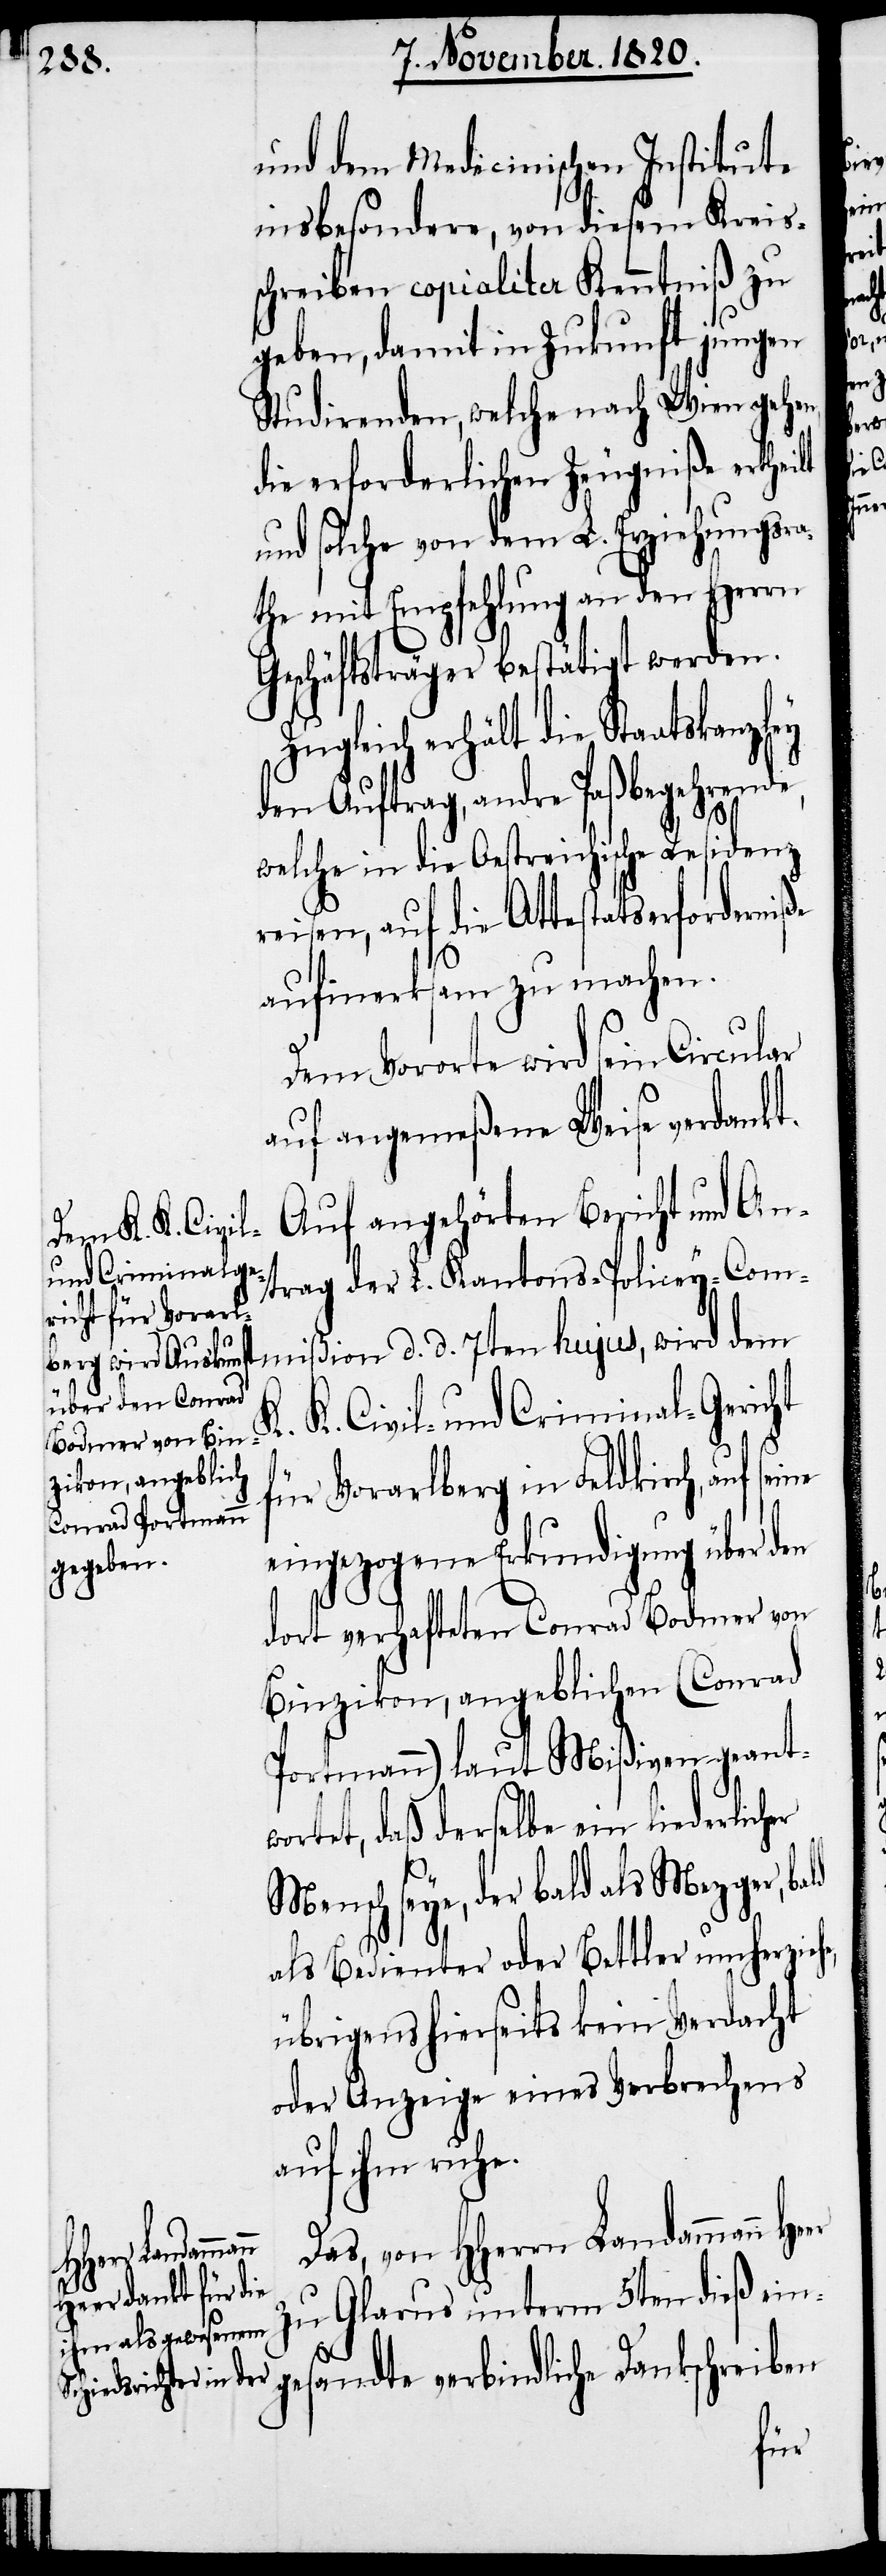
und dem Medicinischen Institute
insbesondere, von diesem Kreiss¬
chreiben copialiter Kenntniß zu
geben, damit in Zukunft jungen
Studirenden, welche nach Wien gehen,
die erforderlichen Zeugniße erthe¬
und solche von dem L. Erziehungsra¬
the mit Empfehlung an den Herrn
Geschäftsträger bestätigt werden.
Zugleich erhält die Staatskanzley
den Auftrag, andre Paßbegehrende,
welche in die Oestreichische Residenz
reisen, auf die Attestatserforderniße
aufmerksam zu machen.
Dem Vororte wird sein Circular
auf angemeßene Weise verdank¬
Auf angehörten Bericht und An¬
trag der L. Kantons-Policey-Com¬
mißion d. d. 7ten hujus, wird dem
derlicher Mensch
Civil- und Criminal-Gericht
K.
für Vorarlberg in Feldkirch, auf se¬
eingezogene Erkundigung über den
dort verhafteten Conrad Bodmer von
Binzikon, angeblichen (Conrad
Portmann) laut Mißiven geantw¬
ortet, daß derselbe ein lie¬
seye, der bald als Mezger, ba¬
als Bedienter oder Bettler umherzieh¬
übrigens hierseits kein Verdacht
oder Anzeige eines Verbrechens
auf ihm ruhe.
Das, von HHerrn Landammann
zu Glarus unterm 5ten dieß ein¬
gesandte verbindliche Dankschreiben

e,